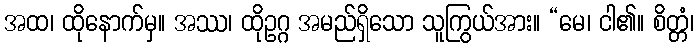
အထ၊ ထိုနောက်မှ။ အဿ၊ ထိုဥဂ္ဂ အမည်ရှိသော သူကြွယ်အား။ “မေ၊ ငါ၏။ စိတ္တံ၊